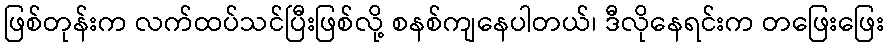
ဖြစ်တုန်းက လက်ထပ်သင်ပြီးဖြစ်လို့ စနစ်ကျနေပါတယ်၊ ဒီလိုနေရင်းက တဖြေးဖြေး